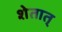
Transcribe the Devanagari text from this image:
शेतात्